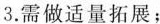
3.需做适量拓展；